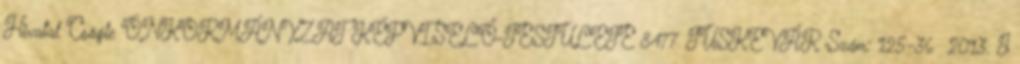
Hivatal Csögle ÖNKORMÁNYZAT KÉPVISELŐ-TESTÜLETE 8477 TÜSKEVÁR Szám: 125-36 2013. J